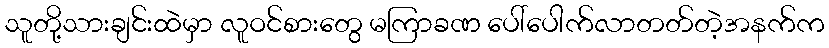
သူတို့သားချင်းထဲမှာ လူဝင်စားတွေ မကြာခဏ ပေါ်ပေါက်လာတတ်တဲ့အနက်က